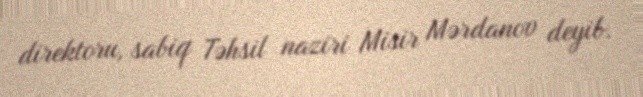
direktoru, sabiq Təhsil naziri Misir Mərdanov deyib.